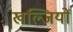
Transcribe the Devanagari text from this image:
खल्जियों